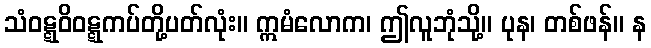
သံဝဋ္ဋဝိဝဋ္ဋကပ်တို့ပတ်လုံး။ ဣမံလောက၊ ဤလူဘုံသို့။ ပုန၊ တစ်ဖန်။ န